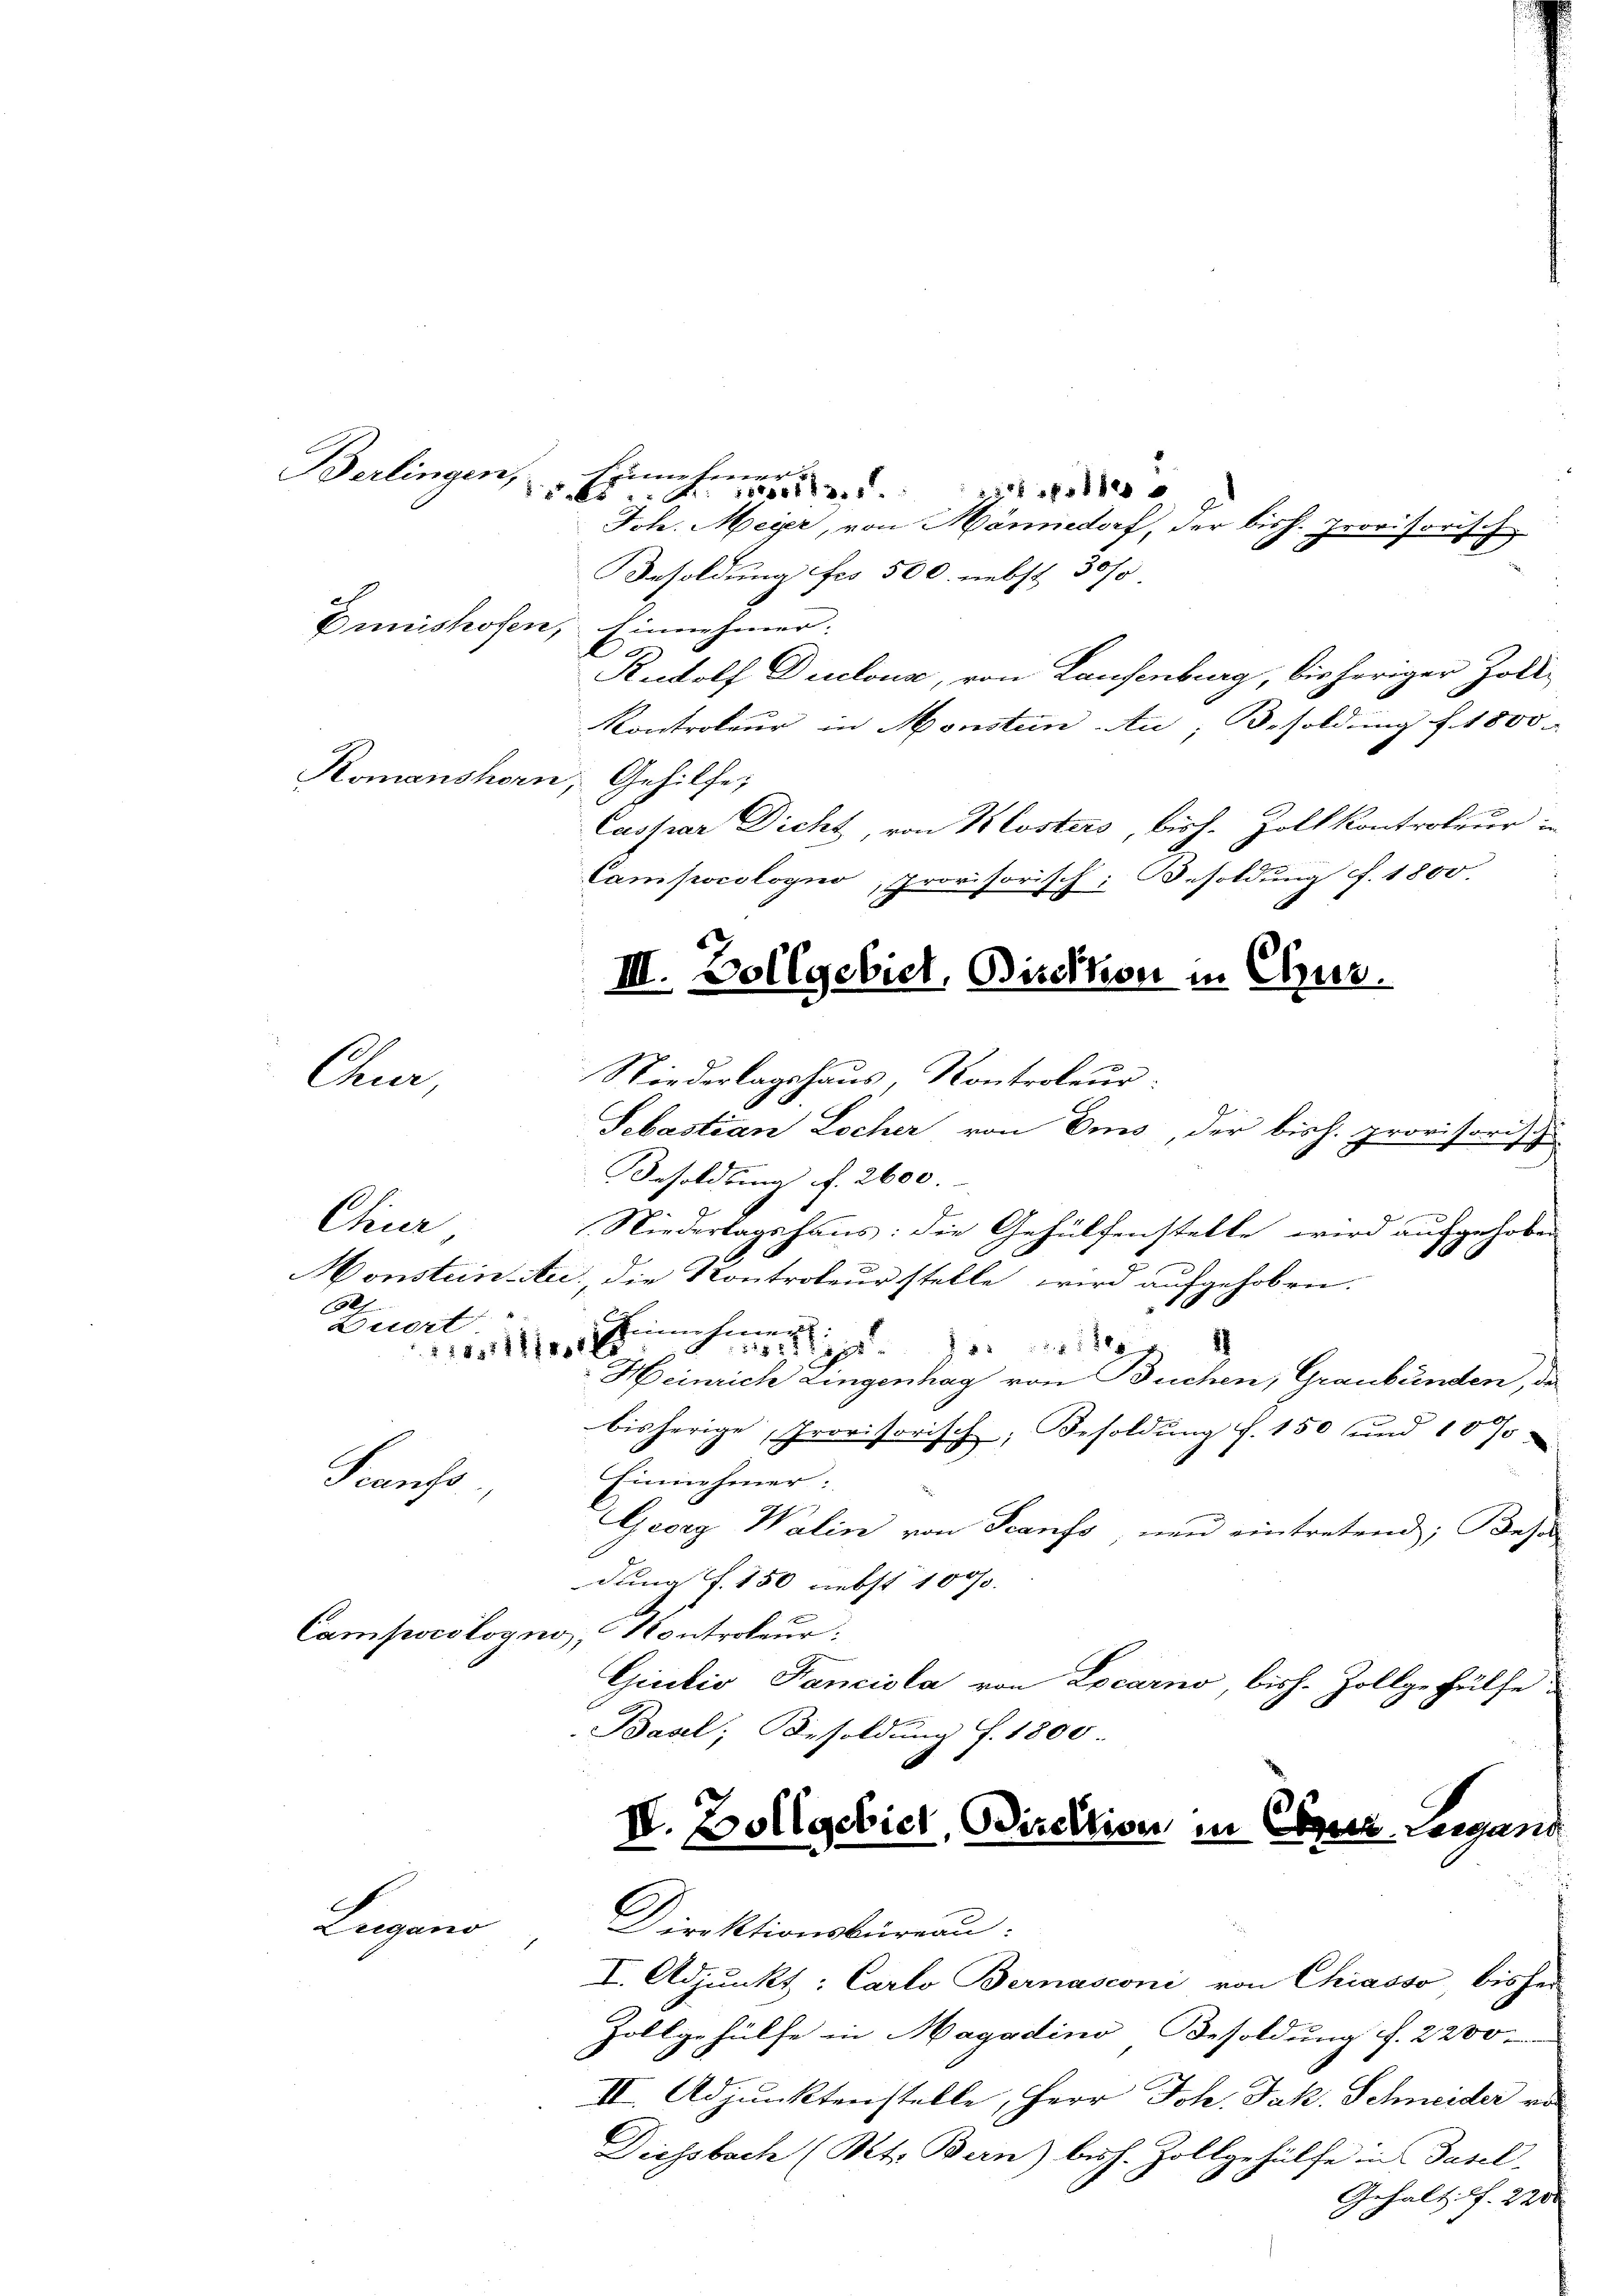
Berlingen,

Chur

imetere
. ist fe
s |
Joh. Meier, von Männedorf, der bish. Provisorisch
Besoldung für 500. nebst 30%
Drenishofen, innehmer.
.
Rudolf Duclous, von Laufenburg, bisheriger Zoll¬
Kontroleur in Monstein-An; Besoldung f. 1800
Romanshorn, Gehilfe,
Caspar Dicht, von Klosters, bish. Zoll kontroleur
Campocologno, provisorisch: Besoldung f. 1800
Niedertagshaus: die Gehülfenstelle wird aufgehoben
Monsteinau, die Kontroleur stelle wird aufgehoben.
Einmetiner
1
Bei der
Heinrich Lingenhag von Buchen, Graubünden, da
bisherige, Provisorisch, Besoldung d. 150 und 10 %
Einnehmer:
Scaufs
Georg Walin von Scanfs nun eintretend; Keser
dung f. 150 nebst 1000.
Campoeologno, Kontroleur:
Giulio Fanciola von Locarno, bish. Zollgehülfe.
Basel, Besoldung f. 1800
IV. Zollgebiet, Direktion in Ebner Leigand
Legend
Direktionsbüreau.
I. Adjunkt: Carlo Bernasconi von Chiasso, bisher
Zollgehülfe in Magadino, Besoldung f. 2200.
II. Adjunktenstelle, Herr Joh. Jak. Schneider vo
Diessbach (Bitz Bern) bish. Zollgehülfe in Basel-
Gehalt f. 2200

Chur
7

Verort
2.18571718,28

III. Vollgebiet, Direktion in Chur.
Niederlagshaus, Kontroleur.
Sebastian Locher von Ems, der bish. provisorisch
Besoldung f. 2600